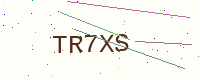
Text: TR7XS